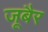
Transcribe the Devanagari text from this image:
जूबैर